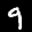
Label: 9